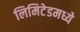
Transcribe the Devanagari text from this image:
लिमिटेडमध्ये